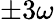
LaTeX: \pm 3\omega